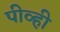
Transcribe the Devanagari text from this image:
पीव्ही